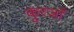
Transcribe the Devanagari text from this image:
कुरजाँ